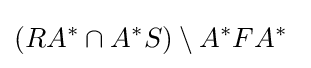
(RA^{*}\cap A^{*}S)\setminus A^{*}FA^{*}\